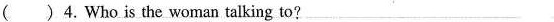
( )4.Who is the woman talking to?